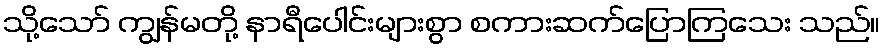
သို့သော် ကျွန်မတို့ နာရီပေါင်းများစွာ စကားဆက်ပြောကြသေး သည်။